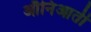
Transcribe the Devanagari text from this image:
औनिआती